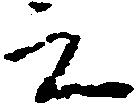
之